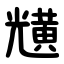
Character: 黋